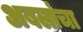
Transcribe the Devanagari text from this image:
अबलांचा